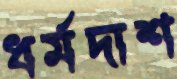
ধর্মদাশ